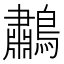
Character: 鷫